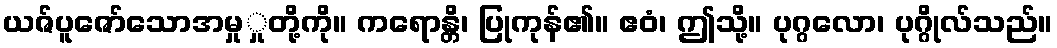
ယဇ်ပူဇော်သောအမှုှုတို့ကို။ ကရောန္တိ၊ ပြုကုန်၏။ ဧဝံ၊ ဤသို့။ ပုဂ္ဂလော၊ ပုဂ္ဂိုလ်သည်။